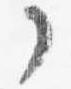
了